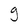
Character: g